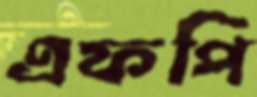
এফপি